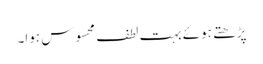
پڑھتے ہوئے بہت لطف محسوس ہوا۔